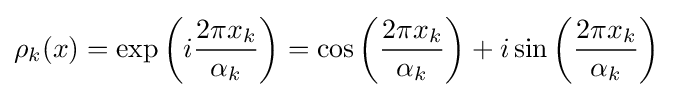
\rho _{k}(x)=\exp \left(i{\frac {2\pi x_{k}}{\alpha _{k}}}\right)=\cos \left({\frac {2\pi x_{k}}{\alpha _{k}}}\right)+i\sin \left({\frac {2\pi x_{k}}{\alpha _{k}}}\right)